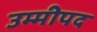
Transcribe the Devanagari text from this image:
उम्मीपद